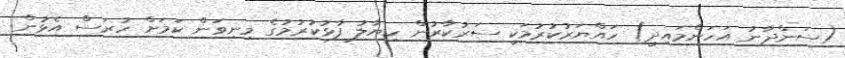
(ސަންދާނު އަހަންމައިދީ) ހައްޔަރުކުރުމަކީ ސަރުކާރުން ހިޔާލު ފާޅުކުރުމުގެ މިނިވަން ކަމަށް ހުރަސް އެޅުން